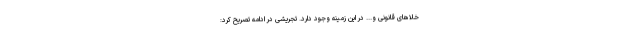
خلاهای قانونی و... در این زمینه وجود دارد. تجریشی در ادامه تصریح کرد: